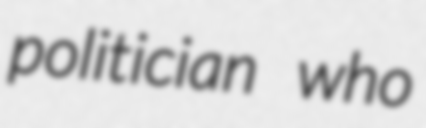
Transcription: politician who